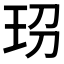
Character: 𤤊